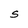
Character: S